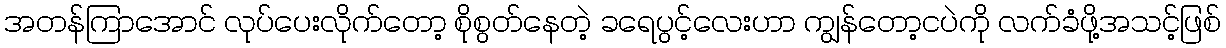
အတန်ကြာအောင် လုပ်ပေးလိုက်တော့ စိုစွတ်နေတဲ့ ခရေပွင့်လေးဟာ ကျွန်တော့ငပဲကို လက်ခံဖို့အသင့်ဖြစ်